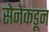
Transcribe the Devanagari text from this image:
सेनेकडून